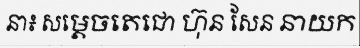
នា៖ សម្តេចតេជោ ហ៊ុន សែន នាយក